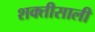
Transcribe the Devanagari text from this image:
शक्तीसाली